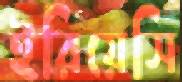
ইরিয়েসি